Statistical return of the lunatic asylum in Assam - 1912-1932
Year: 1912
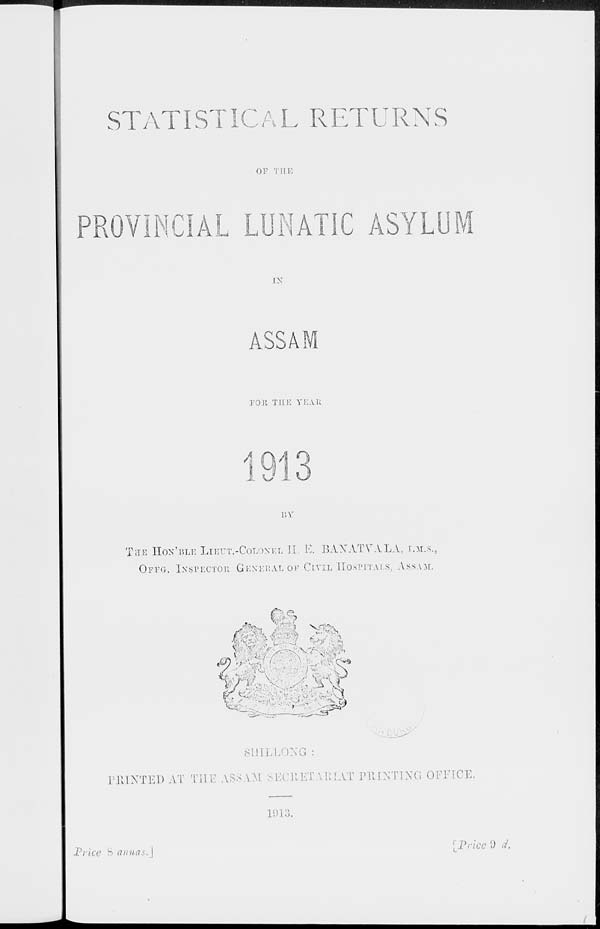
STATISTICAL RETURNS
OF TIIE
PROVINCIAL LUNATIC ASYLUM
[X
ASSA
FOR TILE YEAH
BY
THE HON'BLE LIETJT.-COLONEL II. E. BAXATVALA, i.ai.s.,
OFFG. INSPECTOR GENERAL OF CIVIL HOSPITALS, ASSAM.
SUILLONG :
PRINTED AT TIIE ASSAM SECRETARIAT PRINTING OEEICE.
1913.
Vrice 8 annas.]
; Price 'J d.